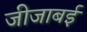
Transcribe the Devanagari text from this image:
जीजाबई